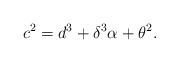
LaTeX: \begin{align*}c^2 = d^3 + \delta^3 \alpha + \theta^2.\end{align*}